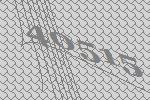
40515